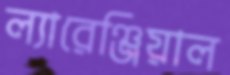
ল্যারেঞ্জিয়াল